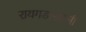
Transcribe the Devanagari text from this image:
रायगडाखाली